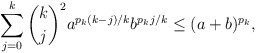
\begin{align*}\sum_{j=0}^{k} \dbinom{k}{j}^2 a^{p_k(k-j)/k} b^{p_k j/k} \leq (a+b)^{p_k},\end{align*}